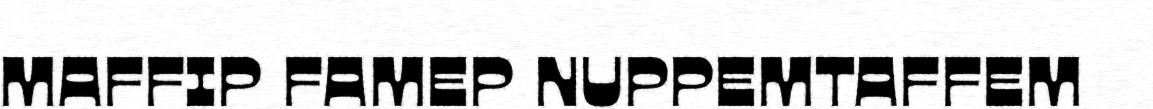
MAFFIP FAMEP NUPPEMTAFFEM